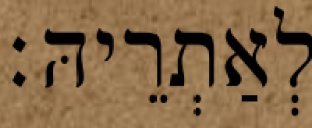
לְאַתְרֵיהּ׃